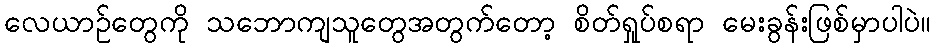
လေယာဉ်တွေကို သဘောကျသူတွေအတွက်တော့ စိတ်ရှုပ်စရာ မေးခွန်းဖြစ်မှာပါပဲ။